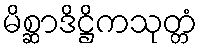
မိစ္ဆာဒိဋ္ဌိကသုတ္တံ